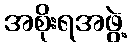
အစိုးရအဖွဲ့